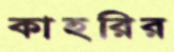
কাহরির